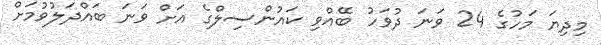
މިދިޔަ މަހުގެ 24 ވަނަ ދުވަހު ބޭއްވި ކައުންސިލްގެ އަށް ވަނަ ބައްދަލުވުމަށް